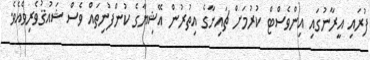
ފުރައި އީރާނުގައި އިންވެސްޓް ކުރުމަށް ޗައިނާގެ އިތުރުން އޭޝިޔާގެ ކުންފުނިތައް ވެސް ޝައުޤުވެރިވެއެވެ.